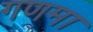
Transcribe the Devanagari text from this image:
गणमा